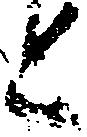
と